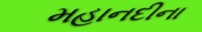
મહાનદીના